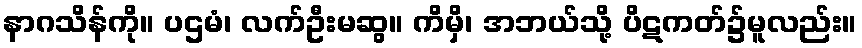
နာဂသိန်ကို။ ပဌမံ၊ လက်ဦးမဆွ။ ကိမှိ၊ အဘယ်သို့ ပိဋကတ်၌မူလည်း။